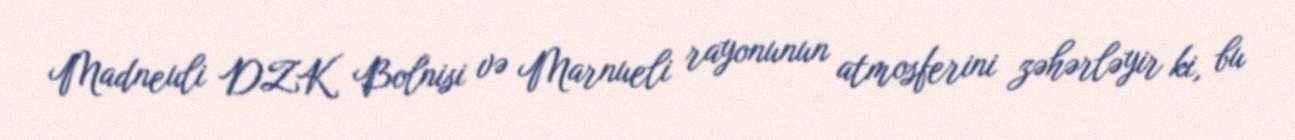
Madneuli DZK Bolnisi və Marnueli rayonunun atmosferini zəhərləyir ki, bu